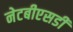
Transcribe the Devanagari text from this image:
नेटबीएसडी